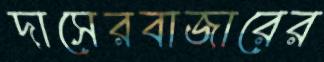
দাসেরবাজারের